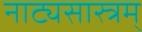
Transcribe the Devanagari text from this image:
नाट्यसास्त्रम्